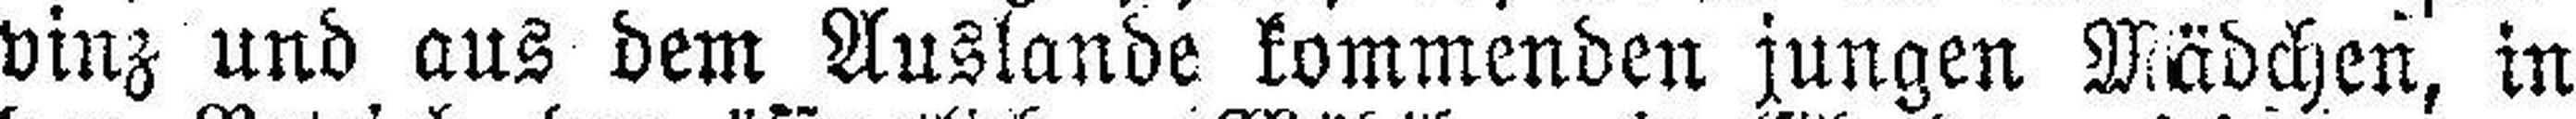
vinz und aus dem Auslande kommenden jungen Mädchen, in